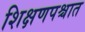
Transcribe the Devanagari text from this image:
शिक्षणपश्चात